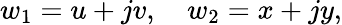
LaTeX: w_{1}=u+jv,\quad w_{2}=x+jy,